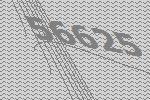
56625